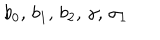
LaTeX: b _ { 0 } , \, b _ { 1 } , \, b _ { 2 } , \, \gamma , \, \sigma _ { 1 }